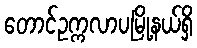
တောင်ဥက္ကလာပမြို့နယ်ရှိ